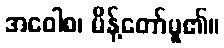
အဝေါစ၊ မိန့်တော်မူ၏။